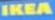
IKEA